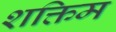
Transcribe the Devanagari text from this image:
शक्तिम